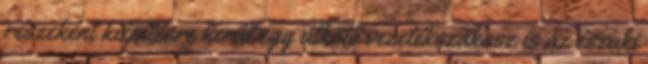
részeként kiépítésre kerül egy átkötő vezetékszakasz is az északi